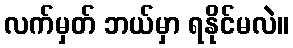
လက်မှတ် ဘယ်မှာ ရနိုင်မလဲ။